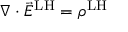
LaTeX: \nabla \cdot { \vec { E } } ^ { \mathrm { L H } } = \rho ^ { \mathrm { L H } }